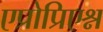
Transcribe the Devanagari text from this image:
एप्रोप्रिएश्न